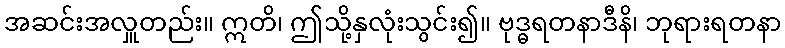
အဆင်းအလှူတည်း။ ဣတိ၊ ဤသို့နှလုံးသွင်း၍။ ဗုဒ္ဓရတနာဒီနိ၊ ဘုရားရတနာ